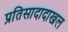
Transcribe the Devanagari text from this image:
प्रतिसादादाखल